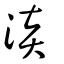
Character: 淡